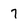
Character: 7